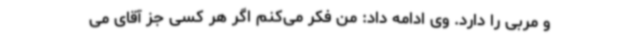
و مربی را دارد. وی ادامه داد: من فکر می‌کنم اگر هر کسی جز آقای می